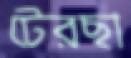
টেরছা